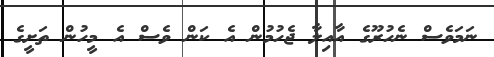
ނަމަވެސް ނެހުރޫގެ އާއިލާ ޖެހުމުން އެ ކަން ވެސް އެ މީހުން ތަށީގެ